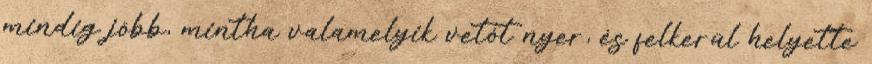
mindig jöbb, mintha valamelyik vetót nyer, és felkerül helyette